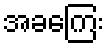
အခကြေး